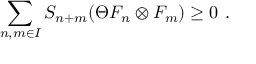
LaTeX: \sum _ { n , m \in { \cal I } } S _ { n + m } ( \Theta F _ { n } \otimes F _ { m } ) \geq 0 \ .